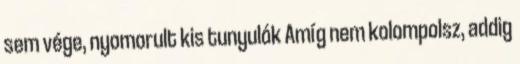
sem vége, nyomorult kis tunyulók Amíg nem kolompolsz, addig